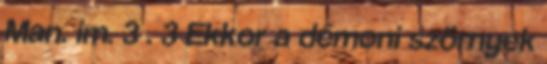
Man. im. 3 . 3 Ekkor a démoni szörnyek